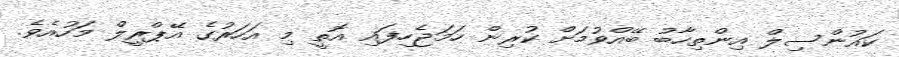
ކައުންސިލް އިންތިހާބު ބޭއްވުމަށް ކުރިން ހަމަޖެހިފައި އޮތީ މި އަހަރުގެ އޭޕްރީލް މަހުއެވެ.